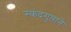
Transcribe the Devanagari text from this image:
स्कंदगुप्ताने